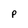
Character: P